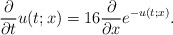
\begin{align*}\frac{\partial}{\partial t}u(t;x)=16\frac{\partial}{\partial x}e^{-u(t;x)}.\end{align*}